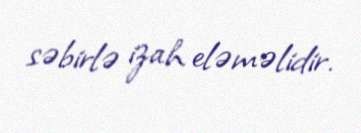
səbirlə izah eləməlidir.